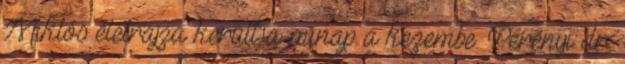
Miklós életrajza került a minap a kezembe. Perényi dr.